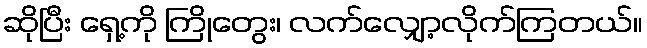
ဆိုပြီး ရှေ့ကို ကြိုတွေး၊ လက်လျှော့လိုက်ကြတယ်။